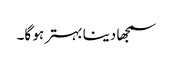
سمجھا دینا بہتر ہو گا۔